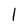
Character: 1